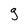
Character: g